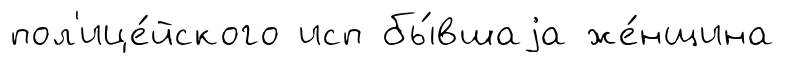
пол'ице́йского исп бы́вшаjа же́нщина